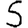
Digit: 5